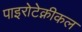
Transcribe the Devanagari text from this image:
पाइरोटेक्नीकल